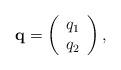
LaTeX: \begin{align*}{\bf q}= \left( \begin{array}{c} q_{1}\\ q_{2}\\ \end{array} \right),\end{align*}